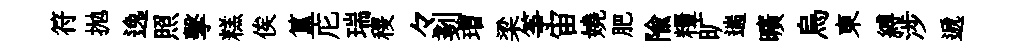
符抛逸照擊糕俟簋庀瑞稷々剗瑁梁筝宙嬈肥隃糧旷遄曠烏東縛涉遞